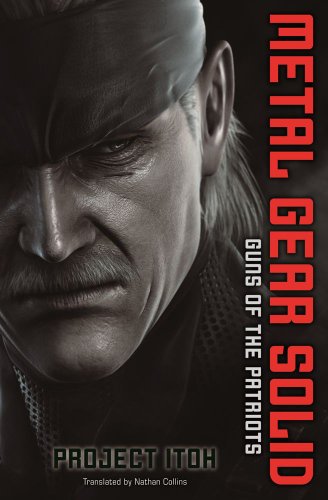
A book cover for Metal Gear Solid: Guns of the Patriot; Project Itoh; Comics & Graphic Novels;